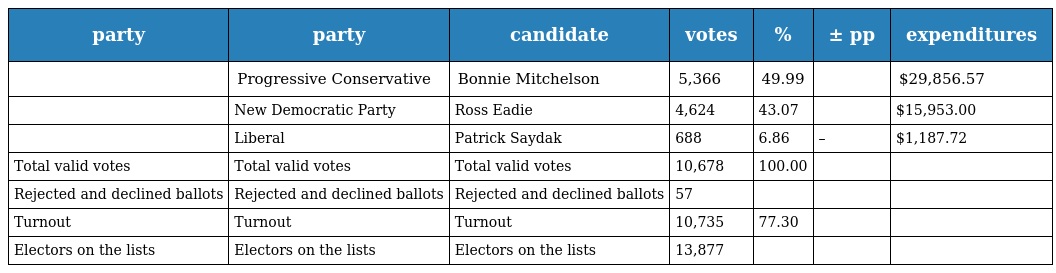
| party | party | candidate | votes | % | ± pp | expenditures |
 | --- | --- | --- | --- | --- | --- | --- |
 |  | Progressive Conservative | Bonnie Mitchelson | 5,366 | 49.99 |  | $29,856.57 |
 |  | New Democratic Party | Ross Eadie | 4,624 | 43.07 |  | $15,953.00 |
 |  | Liberal | Patrick Saydak | 688 | 6.86 | – | $1,187.72 |
 | Total valid votes | Total valid votes | Total valid votes | 10,678 | 100.00 |  |  |
 | Rejected and declined ballots | Rejected and declined ballots | Rejected and declined ballots | 57 |  |  |  |
 | Turnout | Turnout | Turnout | 10,735 | 77.30 |  |  |
 | Electors on the lists | Electors on the lists | Electors on the lists | 13,877 |  |  |  |